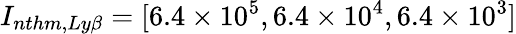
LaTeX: I_{nthm,Ly\beta}=[6.4\times 10^{5},6.4\times 10^{4},6.4\times 10^{3}]